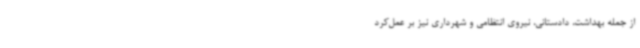
از جمله بهداشت، دادستانی، نیروی انتظامی و شهرداری نیز بر عمل‌کرد